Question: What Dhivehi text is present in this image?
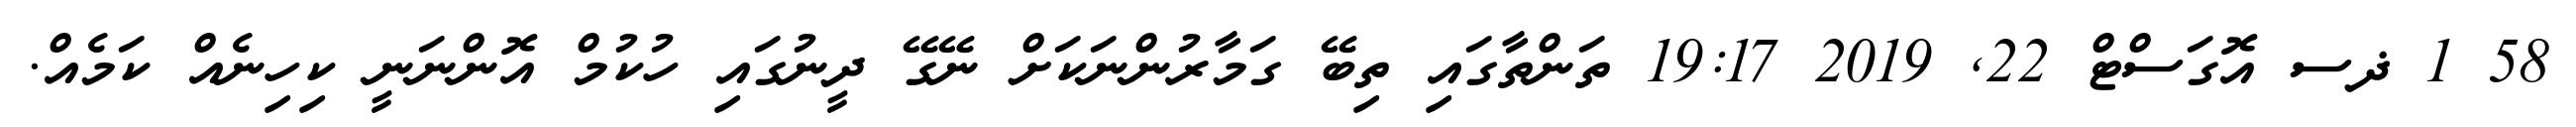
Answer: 58 1 ޛސ އޮގަސްޓް 22, 2019 19:17 ތަންތާގައި ތިބޭ ގަމާރުންނަކަށް ނޭގޭ ދީނުގައި ހުކުމް އޮންނަނީ ކިހިނެއް ކަމެއް.